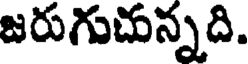
జరుగుచున్నది.